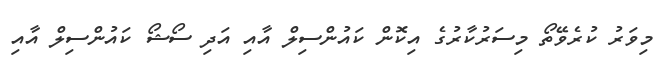
މިވަރު ކުރެވޭތޯ މިސަރުކާރުގެ އިކޮން ކައުންސިލް އާއި އަދި ސޯޝޯ ކައުންސިލް އާއި